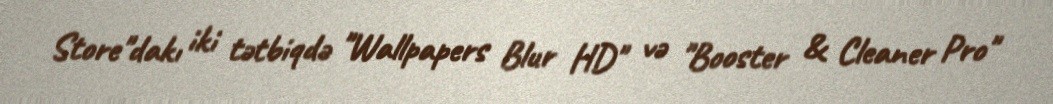
Store"dakı iki tətbiqdə "Wallpapers Blur HD" və "Booster & Cleaner Pro"